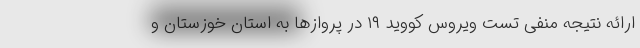
ارائه نتیجه منفی تست ویروس کووید ۱۹ در پروازها به استان خوزستان و